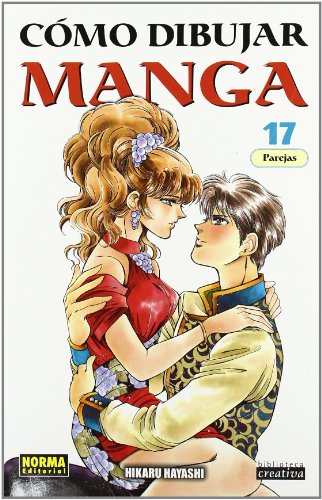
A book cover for Como dibujar manga 17 Parejas / How to Draw Manga 17 Couples (Spanish Edition); Hikaru Hayashi; Comics & Graphic Novels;